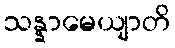
သန္နာမေယျာတိ